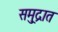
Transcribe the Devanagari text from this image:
समु्द्रात